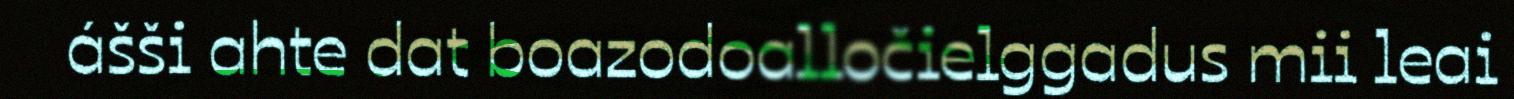
ášši ahte dat boazodoalločielggadus mii leai